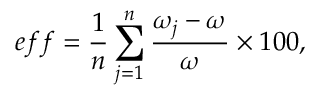
e f f = \frac { 1 } { n } \sum _ { j = 1 } ^ { n } \frac { \omega _ { j } - \omega } { \omega } \times 1 0 0 ,